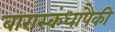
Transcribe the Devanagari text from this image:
बारास्कंधापैकी